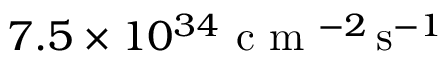
7 . 5 \times 1 0 ^ { 3 4 } \mathrm { ~ c ~ m ~ } ^ { - 2 } \, \mathrm { s } ^ { - 1 }